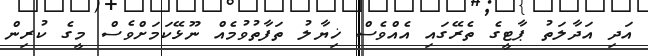
އަދި އަދާލަތު ޕާޓީގެ ތެރޭގައި އެއްވެސް ޚިޔާލު ތަފާތުވުމެއް ނޫޅޭކަމަށްވެސް މީގެ ކުރިން